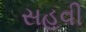
સહવી